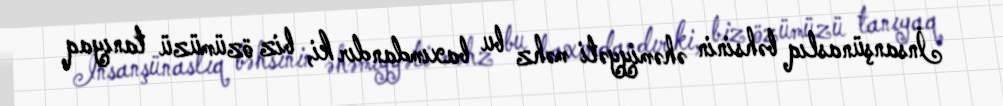
İnsanşünaslıq bəhsinin əhəmiyyəti məhz bu baxımdandır ki, biz özümüzü tanıyaq